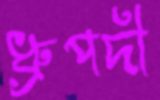
ধ্রুপদী